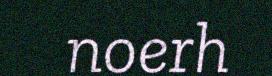
noerh